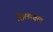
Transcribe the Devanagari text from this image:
सिलाबल